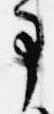
事